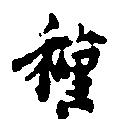
種